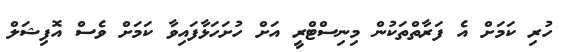
ހުރި ކަމަށް އެ ފަރާތްތަކުން މިނިސްޓްރީ އަށް ހުށަހަޅާފައިވާ ކަމަށް ވެސް އޮފިޝަލް